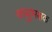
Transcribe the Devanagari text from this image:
वायुभक्षक